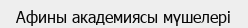
Афины академиясы мүшелері